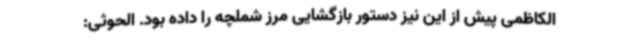
الکاظمی پیش از این نیز دستور بازگشایی مرز شملچه را داده بود. الحوثی: